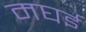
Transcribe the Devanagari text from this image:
मघई